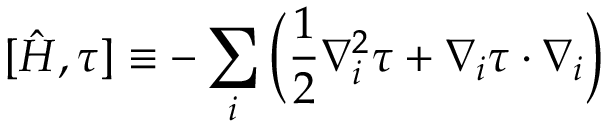
[ \hat { H } , \tau ] \equiv - \sum _ { i } \Big ( \frac { 1 } { 2 } \nabla _ { i } ^ { 2 } \tau + \boldsymbol { \nabla } _ { i } \tau \cdot \boldsymbol { \nabla } _ { i } \Big )